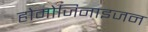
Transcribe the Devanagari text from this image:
होमोजिनाइजन